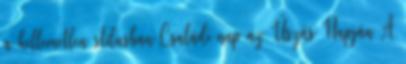
a kellemetlen stílusban Családi nap az Úszás Napján A